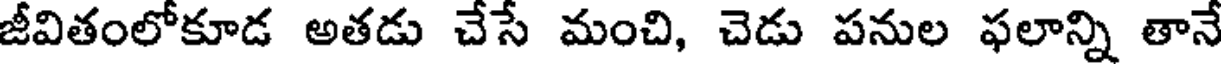
జీవితంలోకూడ అతడు చేసే మంచి, చెడు పనుల ఫలాన్ని తానే